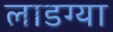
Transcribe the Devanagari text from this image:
लाडग्या